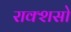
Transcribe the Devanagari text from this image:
राक्शसो